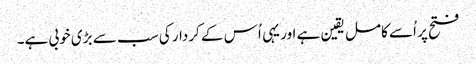
فتح پر اُسے کامل یقین ہے اور یہی اُس کے کردار کی سب سے بڑی خوبی ہے۔